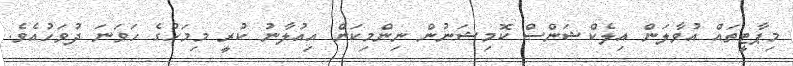
މިޕާޓީތައް އުވާލަން އިލެކްޝަންސް ކޮމިޝަނުން ނިންމިކަން އިއުލާނު ކުރީ މިމަހުގެ ހަވަނަ ދުވަހުއެވެ.